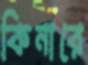
কিনারে